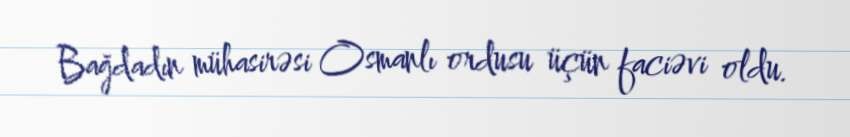
Bağdadın mühasirəsi Osmanlı ordusu üçün faciəvi oldu.